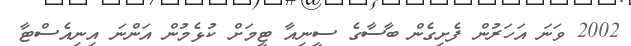
2002 ވަނަ އަހަރުން ފެށިގެން ބާސާގެ ސީނިއާ ޓީމަށް ކުޅެމުން އަންނަ އިނިއެސްޓާ